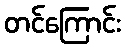
တင်ကြောင်း